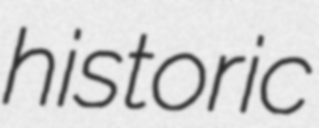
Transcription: historic